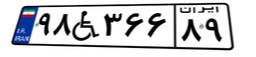
۹۸W۳۶۶۸۹